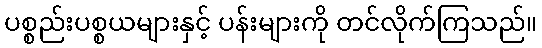
ပစ္စည်းပစ္စယများနှင့် ပန်းများကို တင်လိုက်ကြသည်။